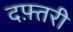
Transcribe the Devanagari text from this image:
दफ़्तरी